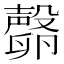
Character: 𣫘